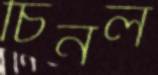
চিনল